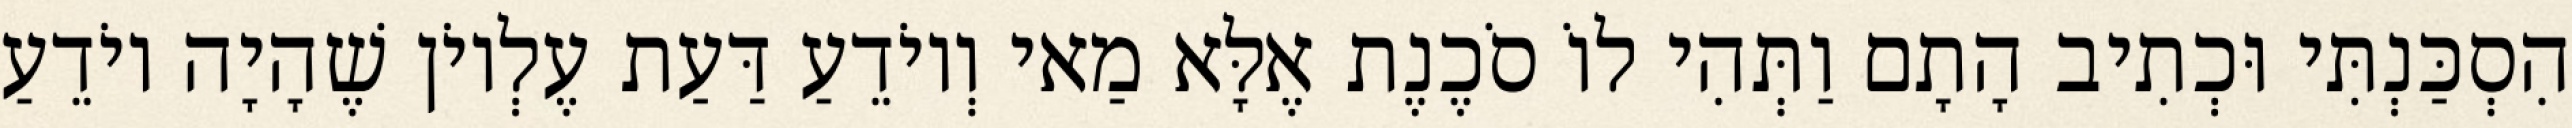
הִסְכַּנְתִּי וּכְתִיב הָתָם וַתְּהִי לוֹ סֹכֶנֶת אֶלָּא מַאי וְיוֹדֵעַ דַּעַת עֶלְיוֹן שֶׁהָיָה יוֹדֵעַ